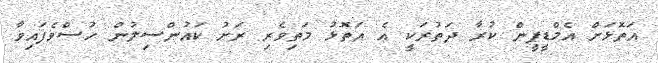
އަތޮޅަށް އެމްޑީޕީން ކުރާ ދަތުރަކީ އެ އަތޮޅު މަތިވެރި ރަށު ކައުންސިލުން ހުސްވެފައިވާ